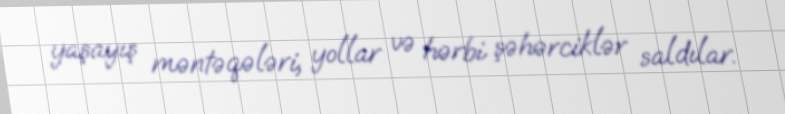
yaşayış məntəqələri, yollar və hərbi şəhərciklər saldılar.